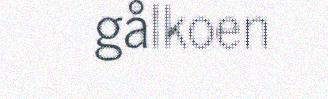
gålkoen